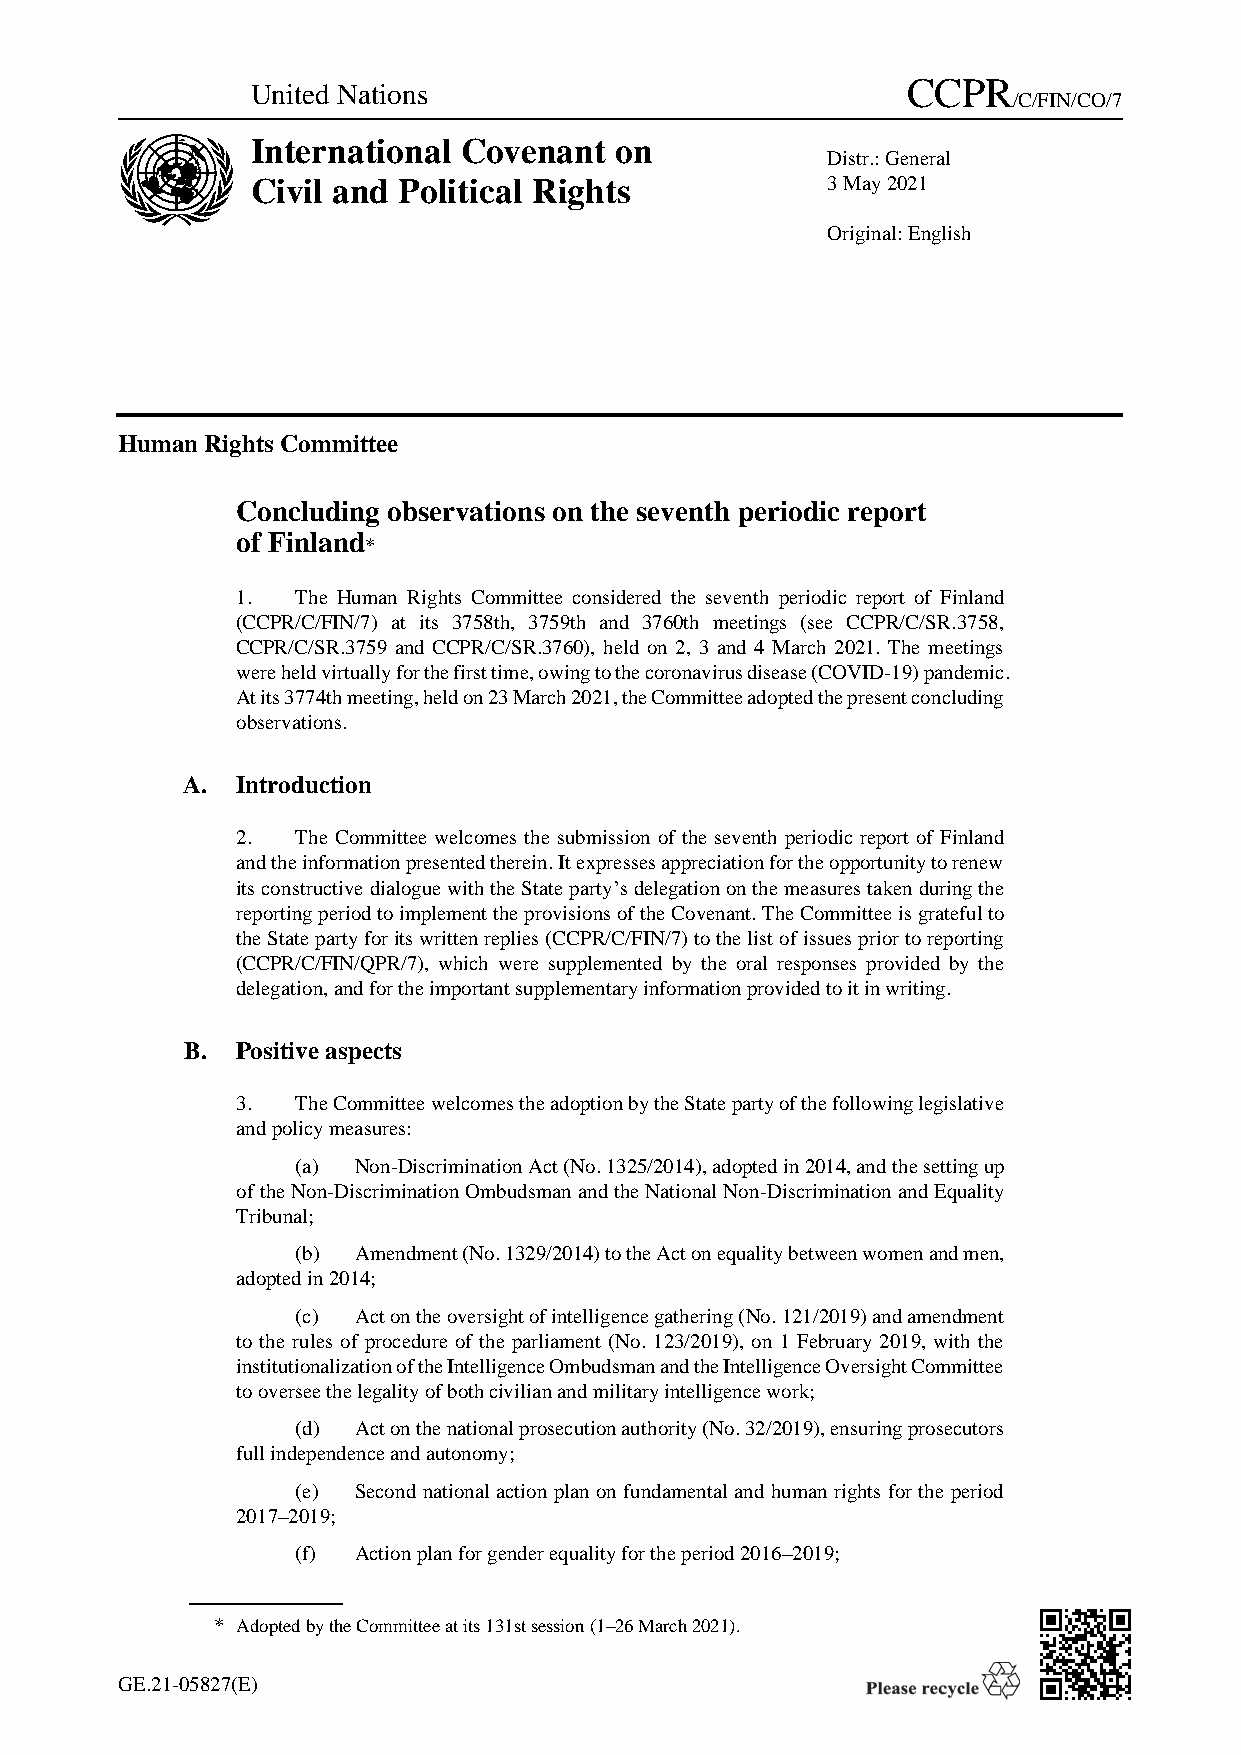
United Nations                             CCPR
 /C/FIN/CO/7
 International Covenant  on
 Distr.: General
 Civil and Political Rights            3 May 2021
 Original: English
 Human Rights Committee
 Concluding observations on the seventh periodic report
 of Finland
 *
 1.  The Human Rights Committee considered the seventh periodic report of Finland
 (CCPR/C/FIN/7) at its 3758th, 3759th and 3760th meetings (see CCPR/C/SR.3758,
 CCPR/C/SR.3759 and CCPR/C/SR.3760), held on 2, 3 and 4 March 2021. The meetings
 were held virtually for the first time, owing to the coronavirus disease (COVID-19) pandemic.
 At its 3774th meeting, held on 23 March 2021, the Committee adopted the present concluding
 observations.
 A.  Introduction
 2.  The Committee welcomes the submission of the seventh periodic report of Finland
 and the information presented therein. It expresses appreciation for the opportunity to renew
 its constructive dialogue with the State party’s delegation on the measures taken during the
 reporting period to implement the provisions of the Covenant. The Committee is grateful to
 the State party for its written replies (CCPR/C/FIN/7) to the list of issues prior to reporting
 (CCPR/C/FIN/QPR/7), which were supplemented by the oral responses provided by the
 delegation, and for the important supplementary information provided to it in writing.
 B.  Positive aspects
 3.  The Committee welcomes the adoption by the State party of the following legislative
 and policy measures:
 (a) Non-Discrimination Act (No. 1325/2014), adopted in 2014, and the setting up
 of the Non-Discrimination Ombudsman and the National Non-Discrimination and Equality
 Tribunal;
 (b) Amendment (No. 1329/2014) to the Act on equality between women and men,
 adopted in 2014;
 (c) Act on the oversight of intelligence gathering (No. 121/2019) and amendment
 to the rules of procedure of the parliament (No. 123/2019), on 1 February 2019, with the
 institutionalization of the Intelligence Ombudsman and the Intelligence Oversight Committee
 to oversee the legality of both civilian and military intelligence work;
 (d) Act on the national prosecution authority (No. 32/2019), ensuring prosecutors
 full independence and autonomy;
 (e) Second national action plan on fundamental and human rights for the period
 2017–2019;
 (f) Action plan for gender equality for the period 2016–2019;
 * Adopted by the Committee at its 131st session (1–26 March 2021).
 GE.21-05827(E)